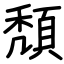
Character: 頽